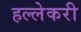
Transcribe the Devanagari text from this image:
हल्लेकरी